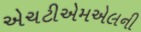
એચટીએમએલની